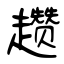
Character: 趱